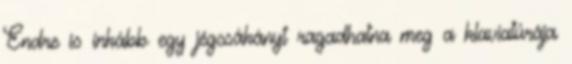
Endre is inkább egy jégcsákányt ragadhatna meg a klaviatúrája